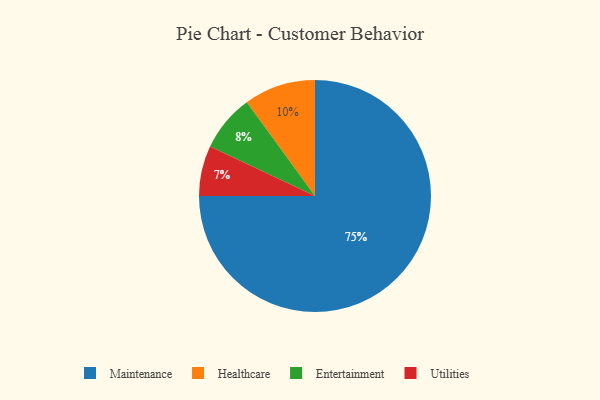
{"axis": {"x": "Category", "y": "Percentage"}, "legend": ["Entertainment", "Healthcare", "Maintenance", "Utilities"], "data": [{"x": "Maintenance", "y": 75, "type": "Maintenance"}, {"x": "Healthcare", "y": 10, "type": "Healthcare"}, {"x": "Entertainment", "y": 8, "type": "Entertainment"}, {"x": "Utilities", "y": 7, "type": "Utilities"}]}